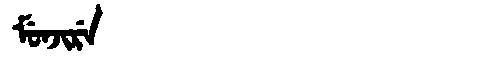
Manchu: ᠮᡠᠨᠵᡳᡵᡝ
Romanization: MUNJIRE